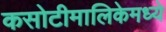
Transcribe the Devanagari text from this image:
कसोटीमालिकेमध्ये